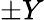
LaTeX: \pm Y